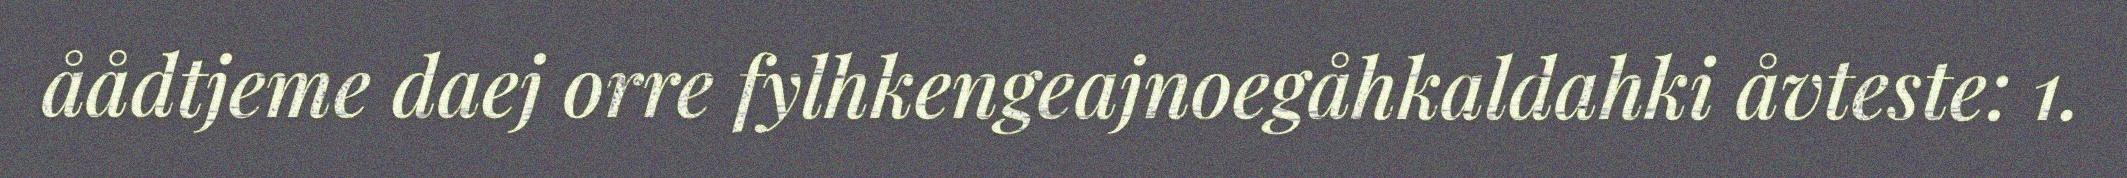
åådtjeme daej orre fylhkengeajnoegåhkaldahki åvteste: 1.